Indian Civil Veterinary Department memoirs
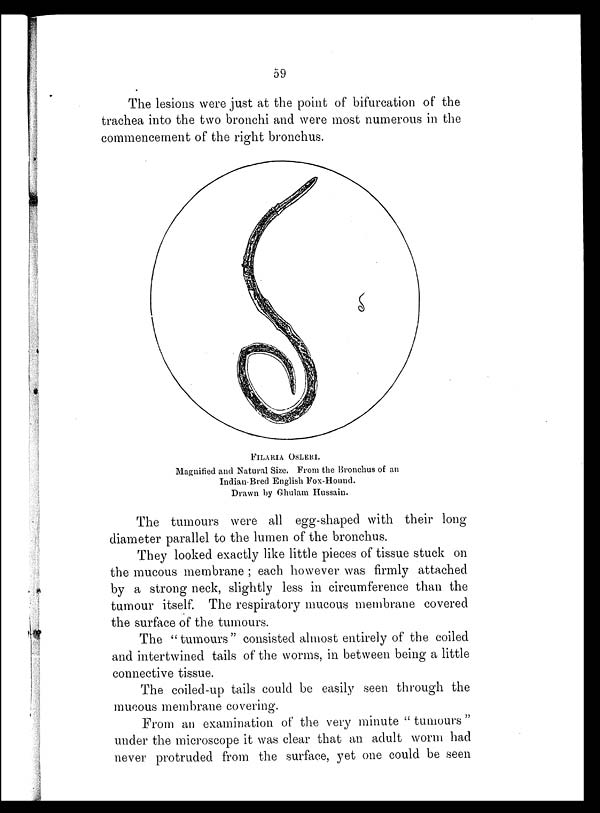
59
The lesions were just at the point of bifurcation of the
trachea into the two bronchi and were most numerous in the
commencement of the right bronchus.
FILARIA OSLERI.
Magnified and Natural Size. From the Bronchus of an
Indian Bred English Fox-Hound.
Drawn by Ghulam Hussain.
The tumours were all egg-shaped with their long
diameter parallel to the lumen of the bronchus.
They looked exactly like little pieces of tissue stuck on
the mucous membrane; each however was firmly attached
by a strong neck, slightly less in circumference than the
tumour itself. The respiratory mucous membrane covered
the surface of the tumours.
The "tumours" consisted almost entirely of the coiled
and intertwined tails of the worms, in between being a little
connective tissue.
The coiled-up tails could be easily seen through the
mucous membrane covering.
From an examination of the very minute "tumours"
under the microscope it was clear that an adult worm had
never protruded from the surface, yet one could be seen